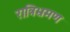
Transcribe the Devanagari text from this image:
रात्रिभ्रमण